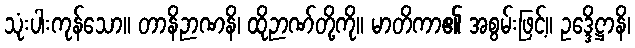
သုံးပါးကုန်သော။ တာနိဉာဏနိ၊ ထိုဉာဏ်တို့ကို။ မာတိကာ၏ အစွမ်းဖြင့်။ ဥဒ္ဒေိဋ္ဌာနိ၊